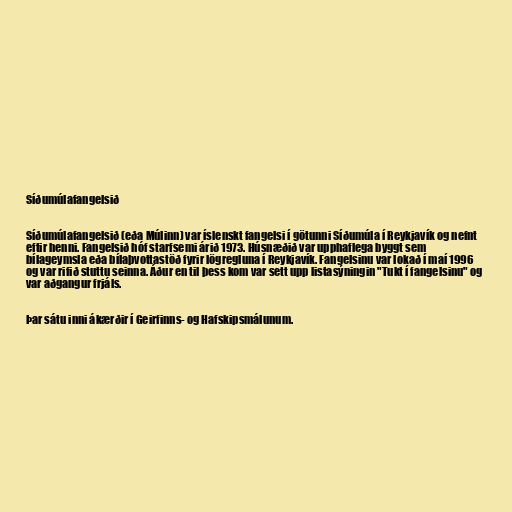
Síðumúlafangelsið

Síðumúlafangelsið (eða Múlinn) var íslenskt fangelsi í götunni Síðumúla í Reykjavík og nefnt
eftir henni. Fangelsið hóf starfsemi árið 1973. Húsnæðið var upphaflega byggt sem
bílageymsla eða bílaþvottastöð fyrir lögregluna í Reykjavík. Fangelsinu var lokað í maí 1996
og var rifið stuttu seinna. Áður en til þess kom var sett upp listasýningin "Tukt í fangelsinu" og
var aðgangur frjáls.

Þar sátu inni ákærðir í Geirfinns- og Hafskipsmálunum.